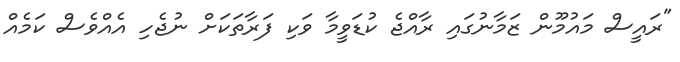
"ރައީސް މައުމޫން ޒަމާނުގައި ރާއްޖެ ކުޑަވީމާ ވަކި ފަރާތަކަށް ނުޖެހި އެއްވެސް ކަމެއް